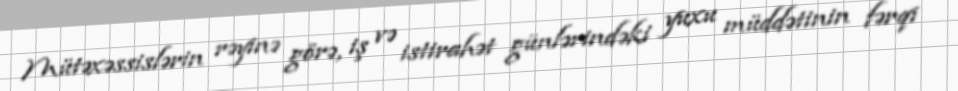
Mütəxəssislərin rəyinə görə, iş və istirahət günlərindəki yuxu müddətinin fərqi